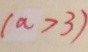
( a > 3 )